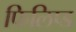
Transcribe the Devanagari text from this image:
फिलिप्ड